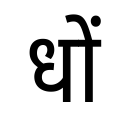
OCR:
धों